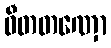
ဝီတတဏှော